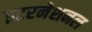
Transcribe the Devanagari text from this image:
इटरनेशनल